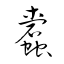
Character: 蠧